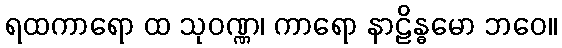
ရထကာရော ထ သုဝဏ္ဏ၊ ကာရော နာဠိန္ဓမော ဘဝေ။